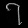
Digit: ၇